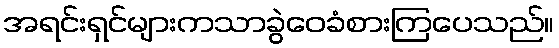
အရင်းရှင်များကသာခွဲဝေခံစားကြပေသည်။